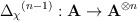
\begin{align*}{{\Delta}_{\chi}}^{(n-1)}:\mathbf{A}\rightarrow {\mathbf{A}}^{\otimes n}\end{align*}